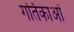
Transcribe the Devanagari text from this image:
गर्तिकाओं